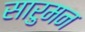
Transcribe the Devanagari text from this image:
सारुमन